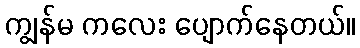
ကျွန်မ ကလေး ပျောက်နေတယ်။